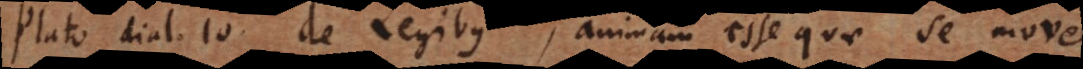
Plato dial. 10 de Legibus, animam esse quae se move